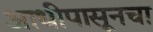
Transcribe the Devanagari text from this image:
आधीपासूनचा